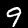
Label: 9